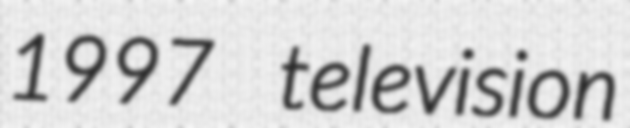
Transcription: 1997 television